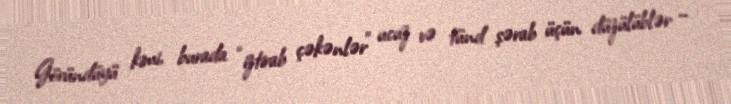
Göründüyü kimi, burada “iztirab çəkənlər” ucuz və tünd şərab üçün düzülüblər –